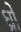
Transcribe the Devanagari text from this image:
ध्रो